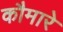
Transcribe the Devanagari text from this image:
कौमारे